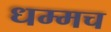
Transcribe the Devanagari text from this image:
धम्मच